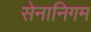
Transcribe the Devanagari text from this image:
सेनानिगम